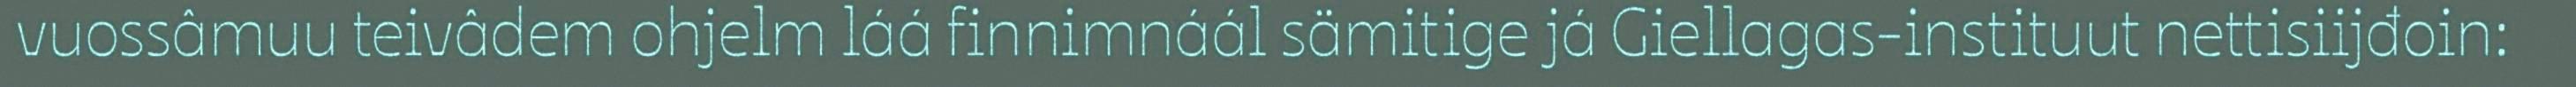
vuossâmuu teivâdem ohjelm láá finnimnáál sämitige já Giellagas-instituut nettisiijđoin: